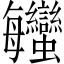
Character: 𧖦